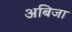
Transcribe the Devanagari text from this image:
अबिजा